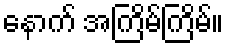
နောက် အကြိမ်ကြိမ်။